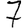
Digit: 7